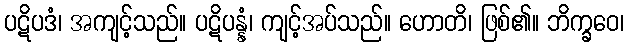
ပဋိပဒံ၊ အကျင့်သည်။ ပဋိပန္နံ၊ ကျင့်အပ်သည်။ ဟောတိ၊ ဖြစ်၏။ ဘိက္ခဝေ၊